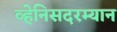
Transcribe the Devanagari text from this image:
व्हेनिसदरम्यान